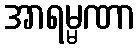
အာရမ္မဏာ